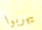
يهربوا